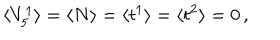
\langle V _ { 5 } ^ { 1 } \rangle = \langle N \rangle = \langle t ^ { 1 } \rangle = \langle t ^ { 2 } \rangle = 0 \, ,